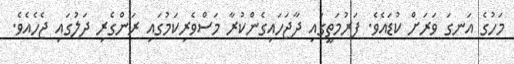
މަހުގެ އަނގަ ވަރަށް ކުޑައެވެ. ފަރުމަތީގައި ދާޖަހައިގެންކުރާ މަސްވެރިކަމުގައި ރަންގެރި ދަލުގައި ޖެހެއެވެ.